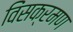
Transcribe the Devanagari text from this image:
विंसक्रमण